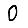
Digit: 0